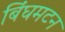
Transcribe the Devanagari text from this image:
बिंघमटन